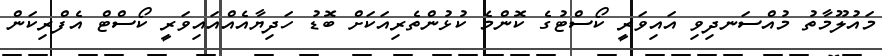
މައުލޫމާތު މުއްސަނދިވި އައިވަރީ ކޯސްޓުގެ ކޮންމެ ކުޅުންތެރިއަކަށް ބޮޑު ހަދިޔާއެއްއައިވަރީ ކޯސްޓް އެފްރިކަން